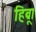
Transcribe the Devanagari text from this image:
हिब्रू।